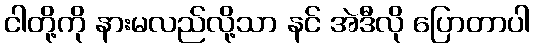
ငါတို့ကို နားမလည်လို့သာ နင် အဲဒီလို ပြောတာပါ